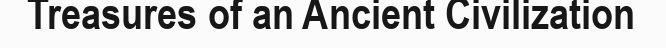
Treasures of an Ancient Civilization